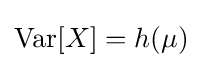
\operatorname {Var} [X]=h(\mu )